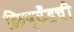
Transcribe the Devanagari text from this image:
क्रिप्टँडची